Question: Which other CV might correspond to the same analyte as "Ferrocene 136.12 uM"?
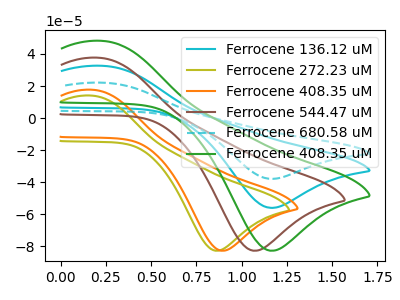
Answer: <think>The cyan curve "Ferrocene 136.12 uM" has an anodic peak at (0.25V, 32.60uA) and a cathodic peak at (1.15V, -56.10uA). The olive curve "Ferrocene 272.23 uM" has an anodic peak at (0.15V, 14.00uA) and a cathodic peak at (0.85V, -82.90uA). The orange curve "Ferrocene 408.35 uM" has an anodic peak at (0.20V, 17.65uA) and a cathodic peak at (0.90V, -82.90uA). The brown curve "Ferrocene 544.47 uM" has an anodic peak at (0.20V, 37.65uA) and a cathodic peak at (1.05V, -82.90uA). The cyan dashed curve "Ferrocene 680.58 uM" has an anodic peak at (0.25V, 65.20uA) and a cathodic peak at (1.15V, -112.20uA). The green curve "Ferrocene 408.35 uM" has an anodic peak at (0.25V, 48.15uA) and a cathodic peak at (1.15V, -82.90uA).
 "Ferrocene 136.12 uM" and "Ferrocene 272.23 uM" have at least one peak that do not match. "Ferrocene 136.12 uM" and "Ferrocene 408.35 uM" have at least one peak that do not match. "Ferrocene 136.12 uM" and "Ferrocene 544.47 uM" have at least one peak that do not match. All the peaks in "Ferrocene 136.12 uM" have a peak in "Ferrocene 680.58 uM" at the same potential. Every peak in "Ferrocene 136.12 uM" is lower than every peak in "Ferrocene 680.58 uM". All the peaks in "Ferrocene 136.12 uM" have a peak in "Ferrocene 408.35 uM" at the same potential. Every peak in "Ferrocene 136.12 uM" is lower than every peak in "Ferrocene 408.35 uM". All the peaks in "Ferrocene 272.23 uM" have a peak in "Ferrocene 408.35 uM" at the same potential. "Ferrocene 272.23 uM" and "Ferrocene 544.47 uM" have at least one peak that do not match. "Ferrocene 272.23 uM" and "Ferrocene 680.58 uM" have at least one peak that do not match. "Ferrocene 272.23 uM" and "Ferrocene 408.35 uM" have at least one peak that do not match. "Ferrocene 408.35 uM" and "Ferrocene 544.47 uM" have at least one peak that do not match. "Ferrocene 408.35 uM" and "Ferrocene 680.58 uM" have at least one peak that do not match. "Ferrocene 408.35 uM" and "Ferrocene 408.35 uM" have at least one peak that do not match. "Ferrocene 544.47 uM" and "Ferrocene 680.58 uM" have at least one peak that do not match. "Ferrocene 544.47 uM" and "Ferrocene 408.35 uM" have at least one peak that do not match. All the peaks in "Ferrocene 680.58 uM" have a peak in "Ferrocene 408.35 uM" at the same potential. Every peak in "Ferrocene 680.58 uM" is higher than every peak in "Ferrocene 408.35 uM".</think>
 <answer>"Ferrocene 136.12 uM" and "Ferrocene 680.58 uM" have a similar shape to "Ferrocene 408.35 uM".</answer>
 <eval>"Ferrocene 136.12 uM" "Ferrocene 680.58 uM"</eval>